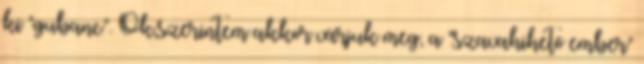
ki "gubanc". Ok,szerintem akkor várjuk meg, a "szavahihető ember"